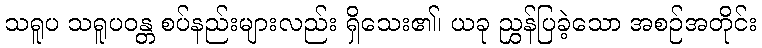
သရူပ သရူပဝန္တ စပ်နည်းများလည်း ရှိသေး၏၊ ယခု ညွှန်ပြခဲ့သော အစဉ်အတိုင်း